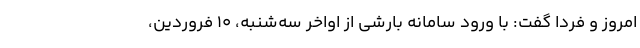
امروز و فردا گفت: با ورود سامانه بارشی از اواخر سه‌شنبه، 10 فروردین،